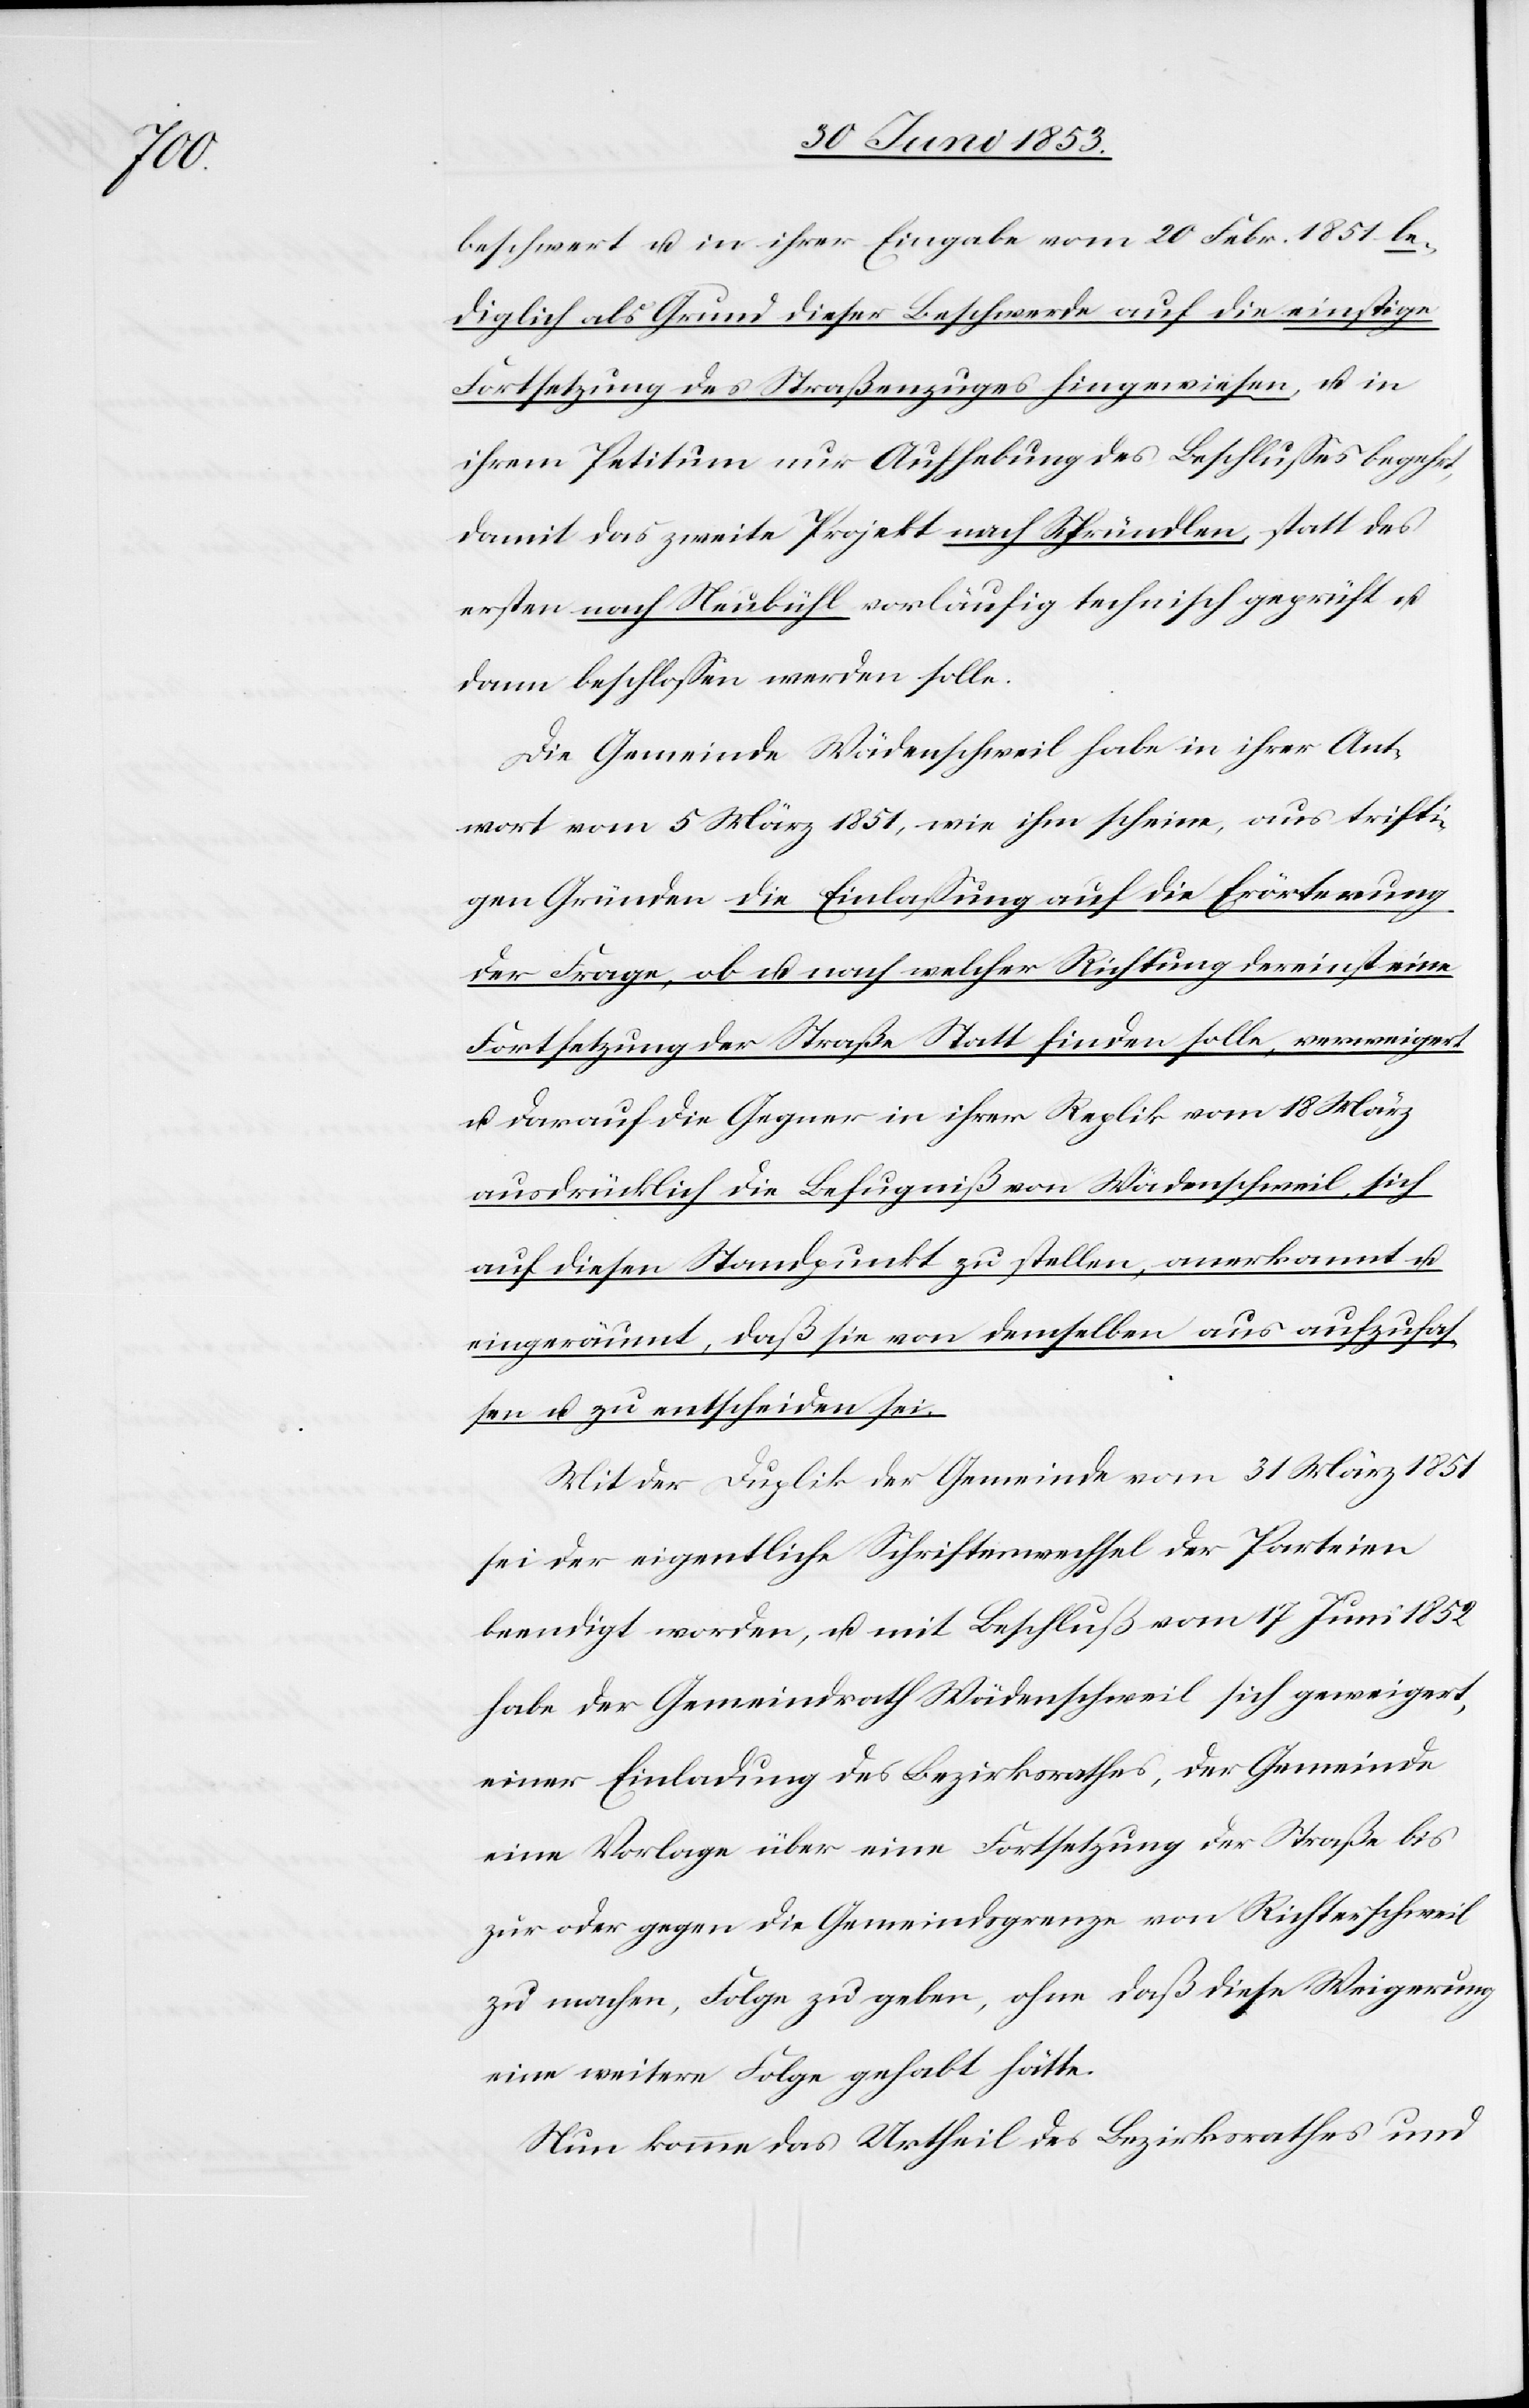
beschwert u. in ihrer Eingabe vom 20 Febr. 1851 le¬
diglich als Grund dieser Beschwerde auf die einstige
Fortsetzung des Straßenzuges hingewiesen, u. i¬
hrem Petitum nur Aufhebung des Beschlußes begehrt,
damit das zweite Projekt nach Schründeln, statt des
ersten nach Neubühl vorläufig technisch geprüft u.
dann beschloßen werden solle.
Die Gemeinde Wädenschweil habe in ihrer Ant¬
wort vom 5 März 1851, wie ihm scheine, aus trifti¬
gen Gründen die Einlaßung auf die Erörterung
der Frage, ob u. nach welcher Richtung dereinst eine
Fortsetzung der Straße Statt finden solle, verweigert
u. darauf die Gegner in ihrer Replik vom 18 März
ausdrücklich die Befugniß von Wädenschweil sich
auf diesen Standpunkt zu stellen, anerkannt u.
eingeräumt, daß sie von demselben aus aufzufas¬
sen u. zu entscheiden sei.
Mit der Duplik der Gemeinde vom 31 März 1851
sei der eigentliche Schriftenwechsel der Parteien
beendigt worden, u. mit Beschluß vom 17 Juni 1852
habe der Gemeindrath Wädenschweil sich geweigert,
einer Einladung des Bezirksrathes, der Gemeinde
eine Vorlage über eine Festsetzung der Straße bis
zur oder gegen die Gemeindsgrenze von Richterschweil
zu machen, Folge zu geben, ohne daß diese Weigerung
eine weitere Folge gehabt hätte.
Nun komme das Urtheil das Bezirksrathes und